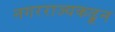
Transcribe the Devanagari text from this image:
नगरराज्यकढून